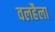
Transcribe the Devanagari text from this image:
वलहैला